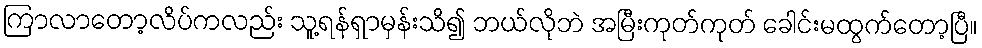
ကြာလာတော့လိပ်ကလည်း သူ့ရန်ရှာမှန်းသိ၍ ဘယ်လိုဘဲ အမြီးကုတ်ကုတ် ခေါင်းမထွက်တော့ပြီ။